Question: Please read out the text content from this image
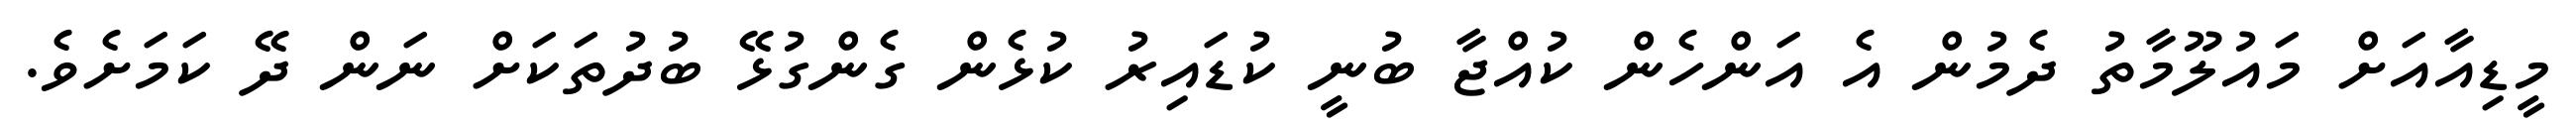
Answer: މީޑިއާއަށް މައުލޫމާތު ދެމުން އެ އަންހެން ކުއްޖާ ބުނީ ކުޑައިރު ކުޅެން ގެންގުޅޭ ބުދުތަކަށް ނަން ދޭ ކަމަށެވެ.